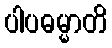
ပါပဓမ္မာတိ